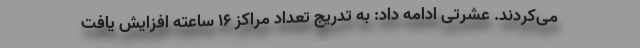
می‌کردند. عشرتی ادامه داد: به تدریج تعداد مراکز ۱۶ ساعته افزایش یافت